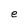
Character: e